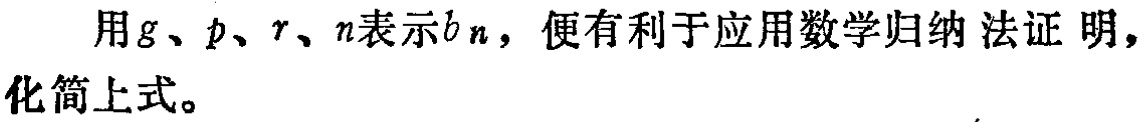
用\(g\)、\(p\)、\(r\)、\(n\)表示\(b_{n}\)，便有利于应用数学归纳法证明，化简上式。